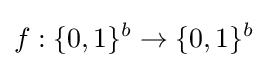
f:\{0,1\}^{b}\rightarrow \{0,1\}^{b}